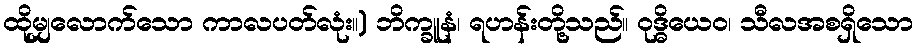
ထိုမျှလောက်သော ကာလပတ်လုံး။) ဘိက္ခူနံ၊ ရဟန်းတို့သည်။ ဝုဒ္ဓိယေဝ၊ သီလအစရှိသော